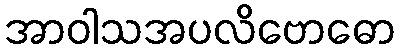
အာဝါသအပလိဗောဓော